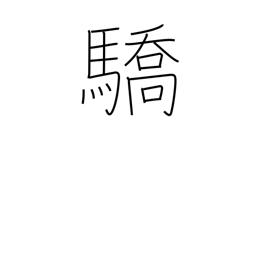
Meaning: haughtiness